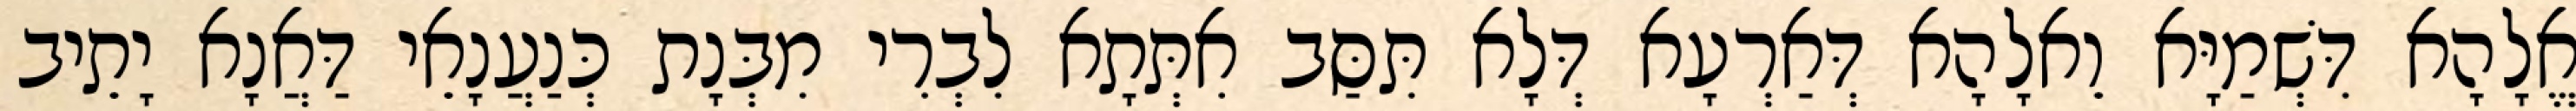
אֱלָהָא דִּשְׁמַיָּא וֵאלָהָא דְּאַרְעָא דְּלָא תִּסַּב אִתְּתָא לִבְרִי מִבְּנָת כְּנַעֲנָאֵי דַּאֲנָא יָתֵיב